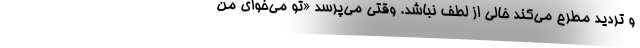
و تردید مطرح می‌کند خالی از لطف نباشد. وقتی می‌پرسد «تو می‌خوای من